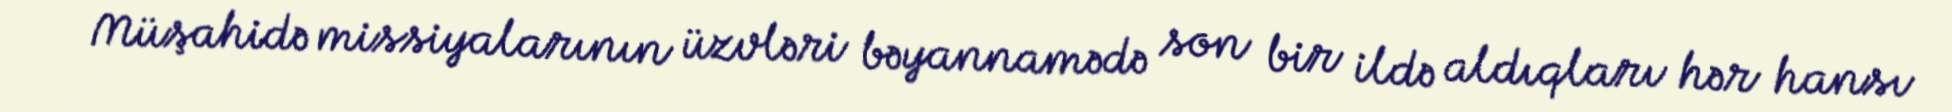
Müşahidə missiyalarının üzvləri bəyannamədə son bir ildə aldıqları hər hansı